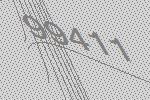
99411